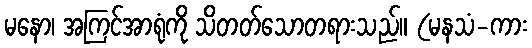
မနော၊ အကြင်အာရုံကို သိတတ်သောတရားသည်။ (မနသံ-ကား